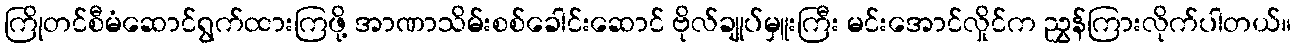
ကြိုတင်စီမံဆောင်ရွက်ထားကြဖို့ အာဏာသိမ်းစစ်ခေါင်းဆောင် ဗိုလ်ချုပ်မှူးကြီး မင်းအောင်လှိုင်က ညွှန်ကြားလိုက်ပါတယ်။